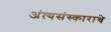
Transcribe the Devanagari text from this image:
अंत्यसंस्काराचे